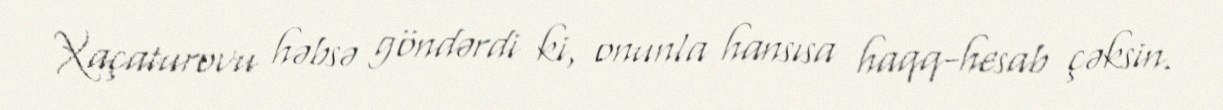
Xaçaturovu həbsə göndərdi ki, onunla hansısa haqq-hesab çəksin.